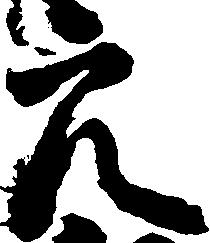
穴